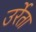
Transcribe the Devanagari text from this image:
उर्रेता